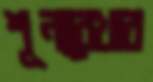
শূন্যরেখার